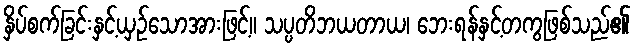
နှိပ်စက်ခြင်းနှင့်ယှဉ်သောအားဖြင့်။ သပ္ပတိဘယတာယ၊ ဘေးရန်နှင့်တကွဖြစ်သည်၏